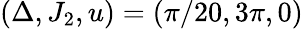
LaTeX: (\Delta,J_{2},u)=(\pi/20,3\pi,0)